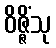
ဝိဇ္ဇိံသု